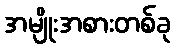
အမျိုးအစားတစ်ခု